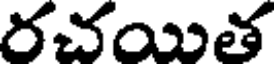
రచయిత